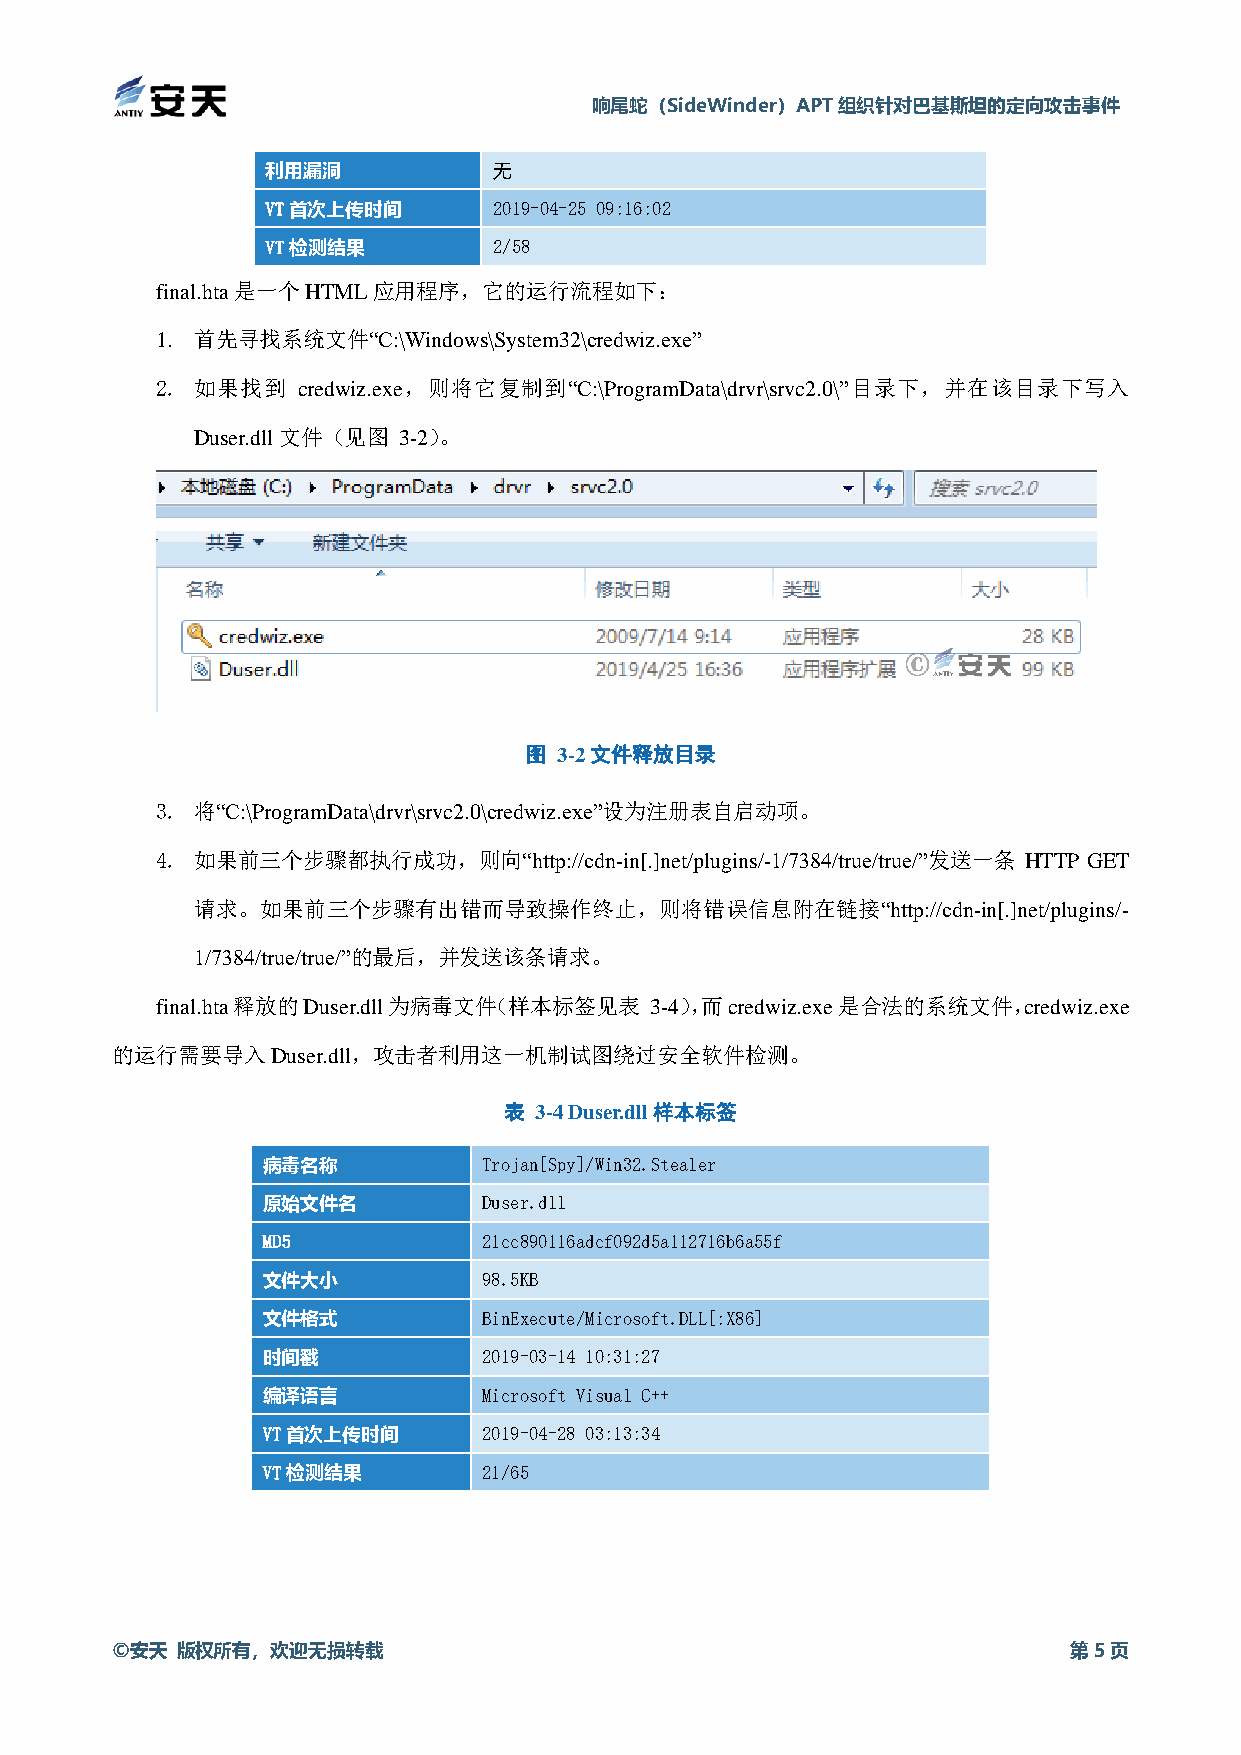
响尾蛇（SideWinder）APT组织针对巴基斯坦的定向攻击事件
 利用漏洞           无
 VT首次上传时间       2019-04-25 09:16:02
 VT检测结果         2/58
 final.hta是一个HTML应用程序，它的运行流程如下：
 1. 首先寻找系统文件“C:\Windows\System32\credwiz.exe”
 2. 如果找到   credwiz.exe，则将它复制到“C:\ProgramData\drvr\srvc2.0\”目录下，并在该目录下写入
 Duser.dll文件（见图 3-2）。
 图 3-2文件释放目录
 3. 将“C:\ProgramData\drvr\srvc2.0\credwiz.exe”设为注册表自启动项。
 4. 如果前三个步骤都执行成功，则向“http://cdn-in[.]net/plugins/-1/7384/true/true/”发送一条 HTTP GET
 请求。如果前三个步骤有出错而导致操作终止，则将错误信息附在链接“http://cdn-in[.]net/plugins/-
 1/7384/true/true/”的最后，并发送该条请求。
 final.hta释放的Duser.dll为病毒文件（样本标签见表 3-4），而credwiz.exe是合法的系统文件，credwiz.exe
 的运行需要导入Duser.dll，攻击者利用这一机制试图绕过安全软件检测。
 表 3-4 Duser.dll样本标签
 病毒名称           Trojan[Spy]/Win32.Stealer
 原始文件名          Duser.dll
 MD5            21cc890116adcf092d5a112716b6a55f
 文件大小           98.5KB
 文件格式           BinExecute/Microsoft.DLL[:X86]
 时间戳            2019-03-14 10:31:27
 编译语言           Microsoft Visual C++
 VT首次上传时间       2019-04-28 03:13:34
 VT检测结果         21/65
 ©安天  版权所有，欢迎无损转载                                                第5页